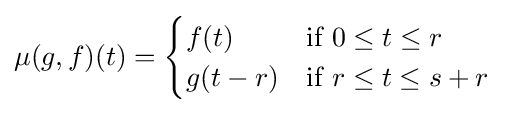
\mu (g,f)(t)={\begin{cases}f(t)&{\text{if }}0\leq t\leq r\\g(t-r)&{\text{if }}r\leq t\leq s+r\\\end{cases}}